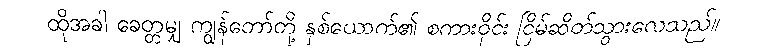
ထိုအခါ ခေတ္တမျှ ကျွန်တော်တို့ နှစ်ယောက်၏ စကားဝိုင်း ငြိမ်ဆိတ်သွားလေသည်။